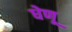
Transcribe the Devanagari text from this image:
धेणू